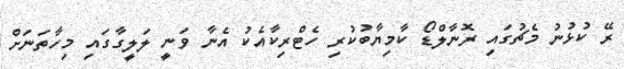
ރޭ ކުޅުނު މެޗުގައި ރޮނާލްޑޯ ކާމިޔާބުކުރި ހެޓްރިކާއެކު އެނާ ވަނީ ލަލީގާގައި މިހާތަނަށް